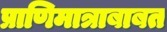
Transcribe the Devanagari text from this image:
प्राणिमात्राबाबत